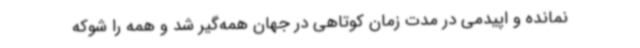
نمانده و اپیدمی در مدت زمان کوتاهی در جهان همه‌گیر شد و همه را شوکه